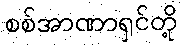
စစ်အာဏာရှင်တို့